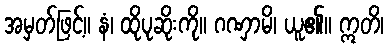
အမှတ်ဖြင့်။ နံ၊ ထိုပုဆိုးကို။ ဂဏှာမိ၊ ယူ၏။ ဣတိ၊